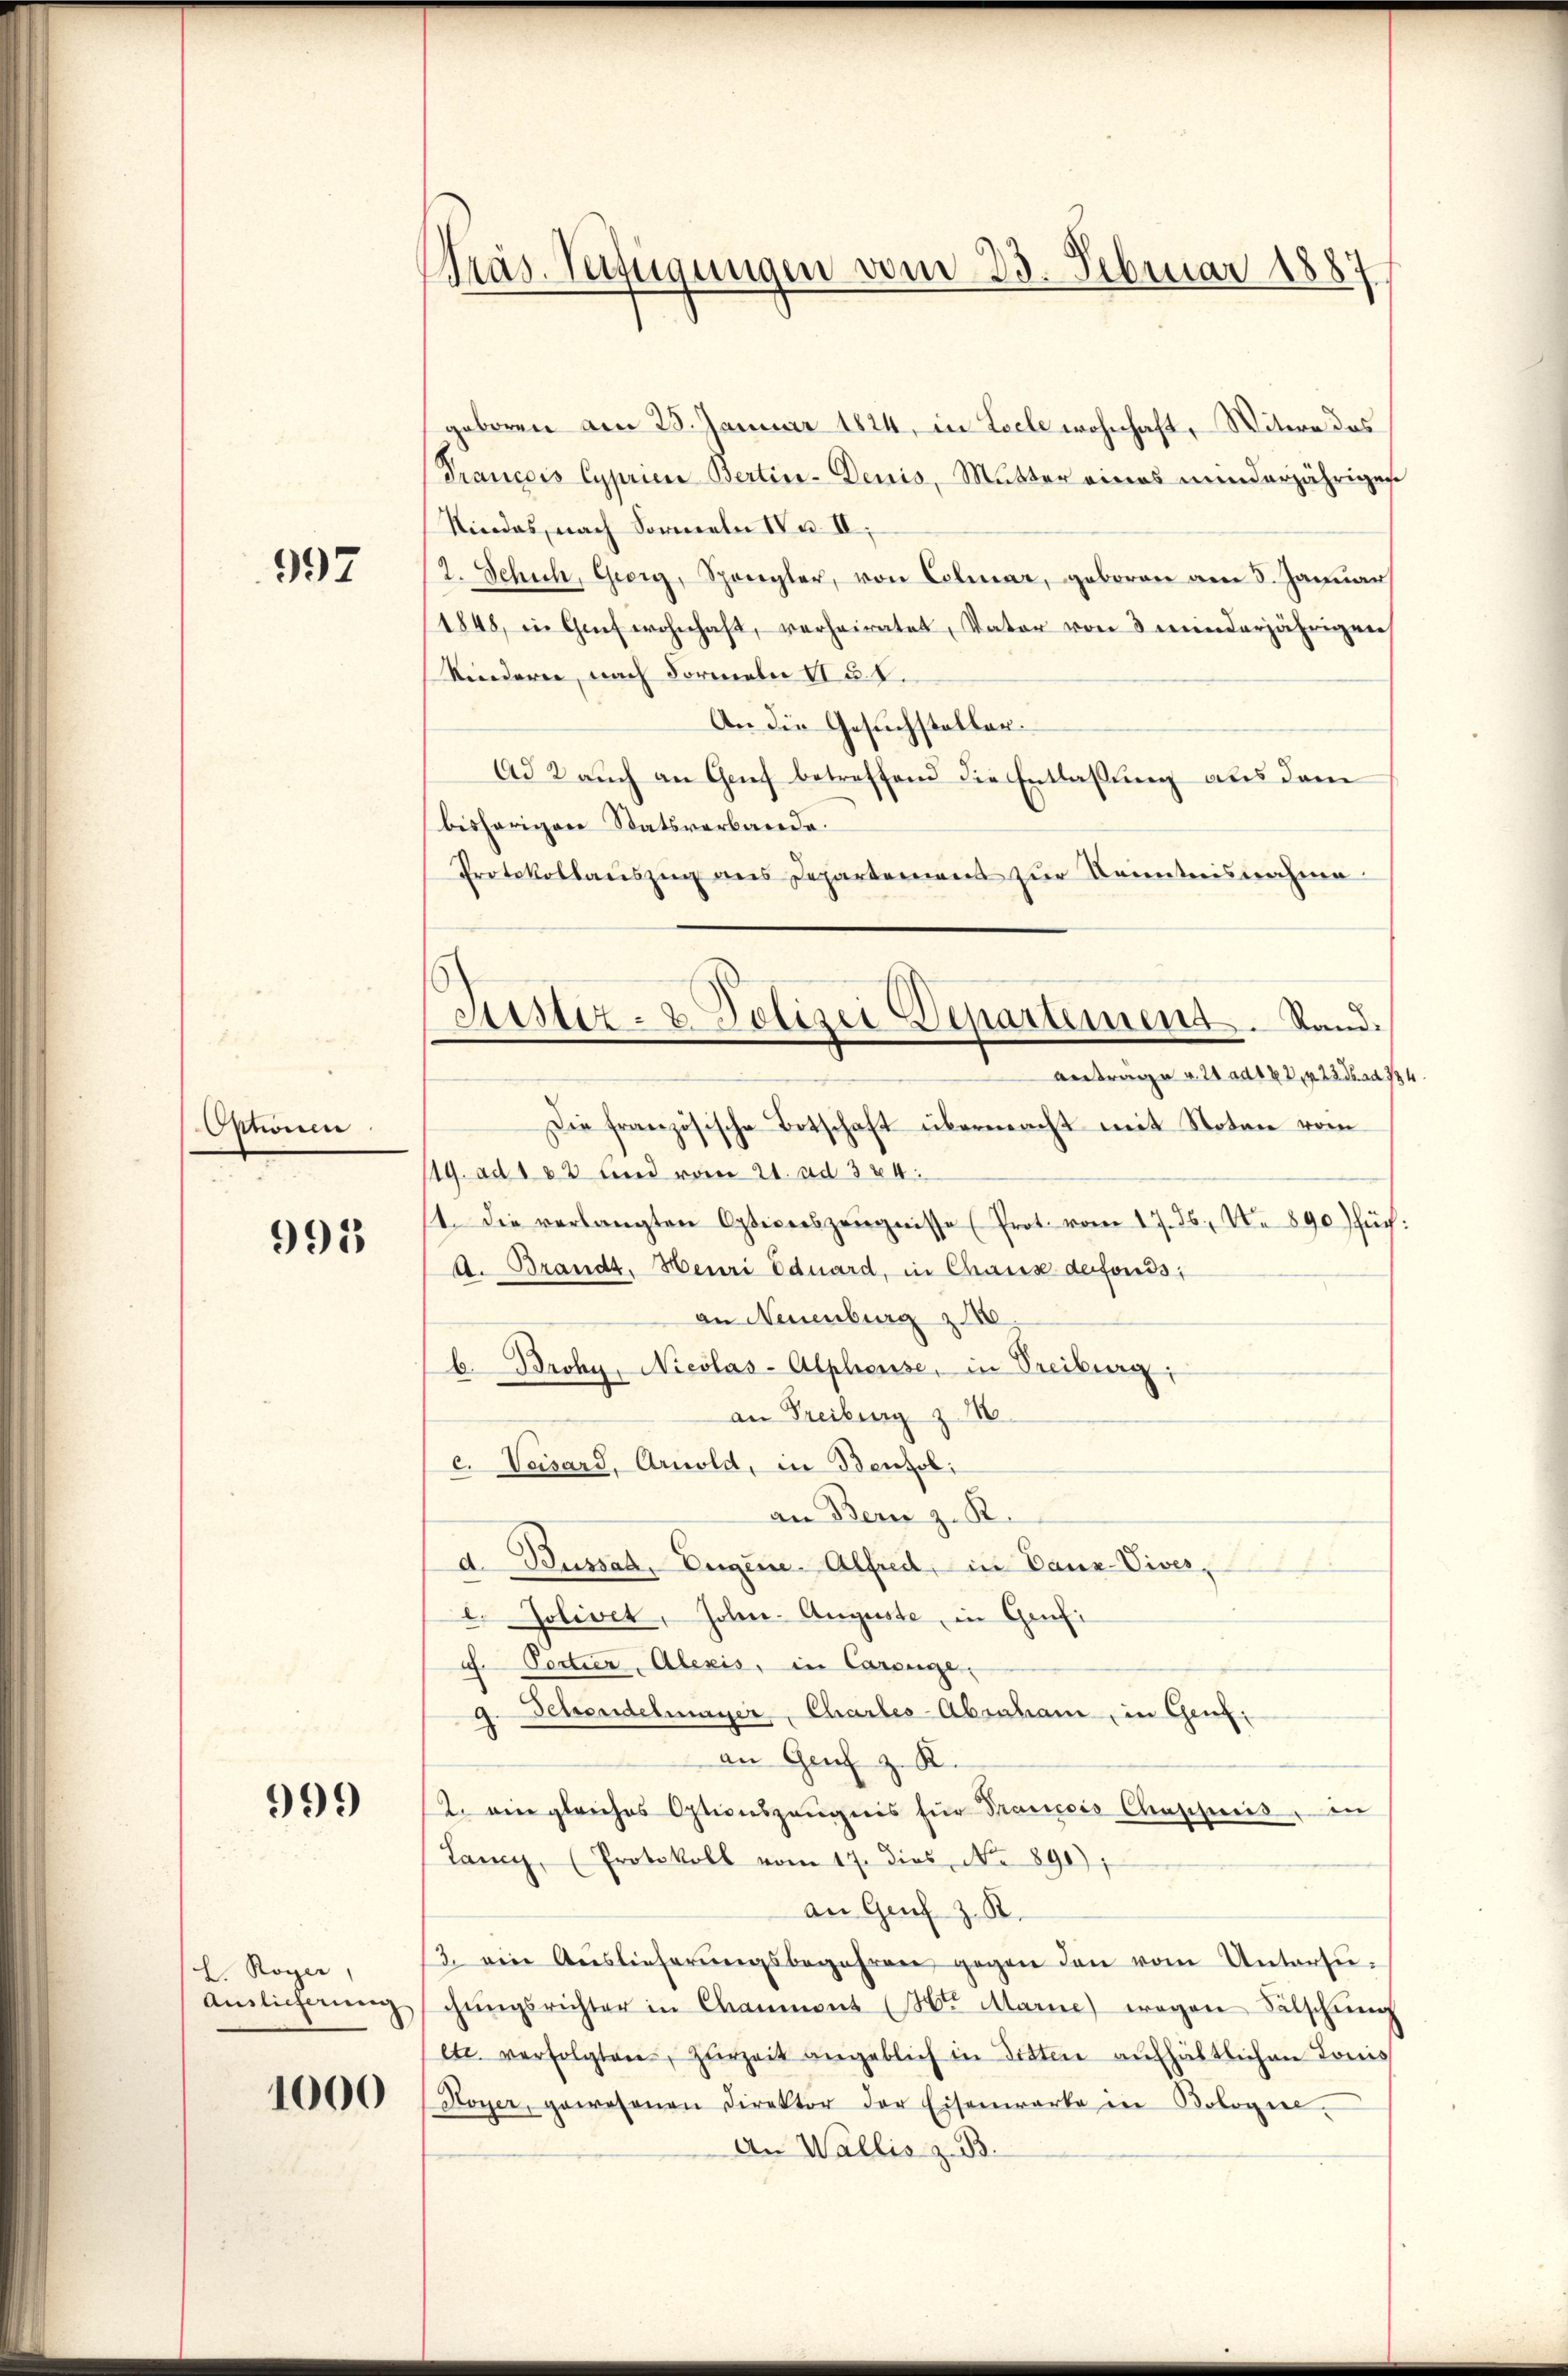
997

nonen

995

999

L. Royer,
Auslieferung

1000

Präs. Verfügungen vom 23. Februar 1887.

geboren am 28. Januar 1824, in Loele wohnhaft, Witere des
Trancois Cyprien Bertine-Denis, Mutter eines minderjährigen
Kindes, nach Formeln Nr. II.
2. Schich, Georg, Spengler, von Colmar, geboren am 5. Janŭar
1848, in Genf wohnhaft, verheiratet, Vater von 3 minderjährigen
Kinderen, nach Formeln II u. S.
An die Gesuchsteller.
Ad 2 auch an Genf betreffend die Entlassung aus dem
bisherigen Statsverbande.
Protokollauszug aus Departemens zur Kenntnisnahme
Antrage v. 21 ad 183, 23 Fad 734
Die französische Botschaft übermacht mit Noten vom
119. ad 102 und vom 21. ad 324.
11. Die verlangten Opticeszeŭgnisse (Prot. vom 17. ds., N. 890) füch:
A. Brandt, Heuri Eduard, in Chaus defonis
an Neuenburg z
b. Broky, Nicolas-Alpheuse, in Treiburg,
an Freiburg z
c. Veisard, Arnold, in Benzol
an Bern z. R.
d. Bussah, Eugene. Alfred, in Panz-Viver,
. Jolivet, Johan- Auguste, in Grufi
. Pertier, Alexis, in Carenge,
9. Schendelmayer, Charles-Abraham, in Genz:
an Genf z. K.
2. eine gleiches Optionszeugnis für Prancis Chappuis, in
Lany, (Protokoll vom 17. dies No. 1890);
an Genf z. R.
3. ein Auslieferŭngsbegehren gegen den vom Untersŭ-
chŭngsrichter in Chamment (Hte Marie wegen Fälschŭng
etc. verfolgten, Herzeit angeblich in Sitten aufhältlichen Lonis
Koyer, gewesenen Direktor der Eisenwarte in Kologiel-
An Wallis z. B.

Justiz- & Polizei Departement. Stand.